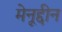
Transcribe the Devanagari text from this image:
मेनूद्दीन